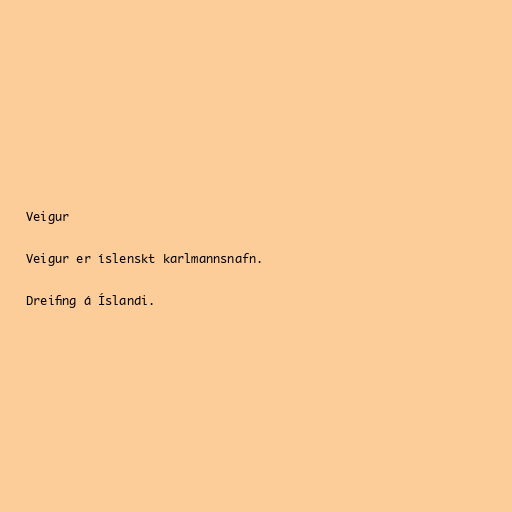
Veigur

Veigur er íslenskt karlmannsnafn.

Dreifing á Íslandi.